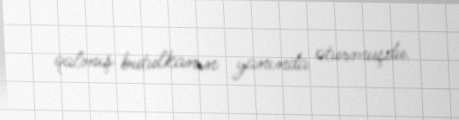
qalmış butulkanın yanında oturmuşdu.